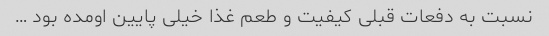
نسبت به دفعات قبلی کیفیت و طعم غذا خیلی پایین اومده بود …